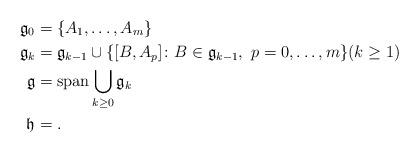
LaTeX: \begin{align*}\mathfrak g_0 &= \{A_1,\ldots,A_m\} \\\mathfrak g_k &= \mathfrak g_{k-1} \cup \{[B,A_p] \colon B\in \mathfrak g_{k-1}, \ p=0,\ldots,m\} (k\ge 1) \\\mathfrak g &= {\rm span}\bigcup_{k\ge 0} \mathfrak g_k \\\mathfrak h &= . \end{align*}